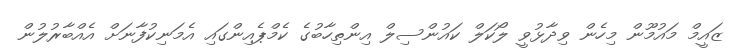
ޒައީމް މައުމޫން މިހެން ވިދާޅުވީ ލޯކަލް ކައުންސިލް އިންތިހާބުގެ ކެމްޕެއިންގައި އެމަނިކުފާނަށް އެއްބާރުލުން